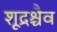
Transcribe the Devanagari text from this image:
शूद्रश्चैव